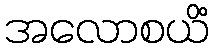
အလောစယိံ